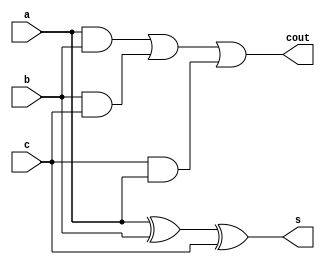
module fulladder(s,cout,a,b,c);
input a,b,c;
output s,cout;
assign s=a^b^c;
assign cout=(a&b)|(b&c)|(c&a);
endmodule